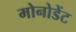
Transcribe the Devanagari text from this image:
मोनोडेंट